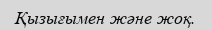
Қызығымен және жоқ.